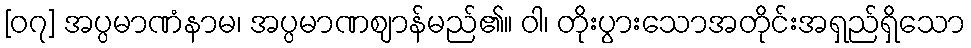
[၀၇] အပ္ပမာဏံနာမ၊ အပ္ပမာဏဈာန်မည်၏။ ဝါ၊ တိုးပွားသောအတိုင်းအရှည်ရှိသော